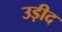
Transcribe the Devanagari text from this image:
उड़ीद